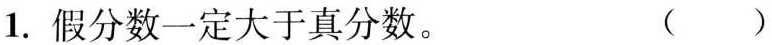
1.假分数一定大于真分数。( )